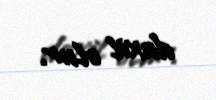
daxil olur.